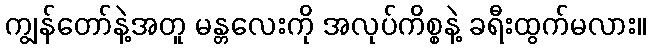
ကျွန်တော်နဲ့အတူ မန္တလေးကို အလုပ်ကိစ္စနဲ့ ခရီးထွက်မလား။